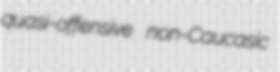
quasi-offensive non-Caucasic